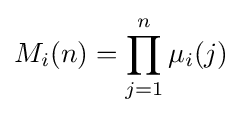
M_{i}(n)=\prod _{j=1}^{n}\mu _{i}(j)